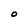
Character: O